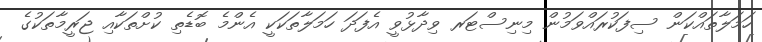
ހަމަލާތައްކަން ސިފަކުރައްވަމުން މިނިސްޓަރ ވިދާޅުވީ އެފަދަ ހަމަލާތަކަކީ އެންމެ ބޮޑެތި ކުށްތަކާއި ޖަރީމާތަކުގެ